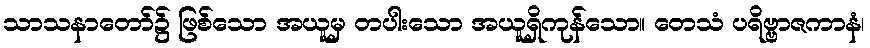
သာသနာတော်၌ ဖြစ်သော အယူမှ တပါးသော အယူရှိကုန်သော။ တေသံ ပရိဗ္ဗာဇကာနံ၊